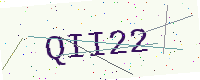
Text: QII22